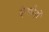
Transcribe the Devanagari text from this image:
ऐन्थोनी